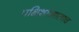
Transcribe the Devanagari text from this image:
पक्षिशास्त्रालाच